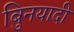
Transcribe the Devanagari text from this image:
बुिनयादी